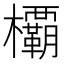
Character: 𣠽